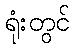
ရုံးတွင်